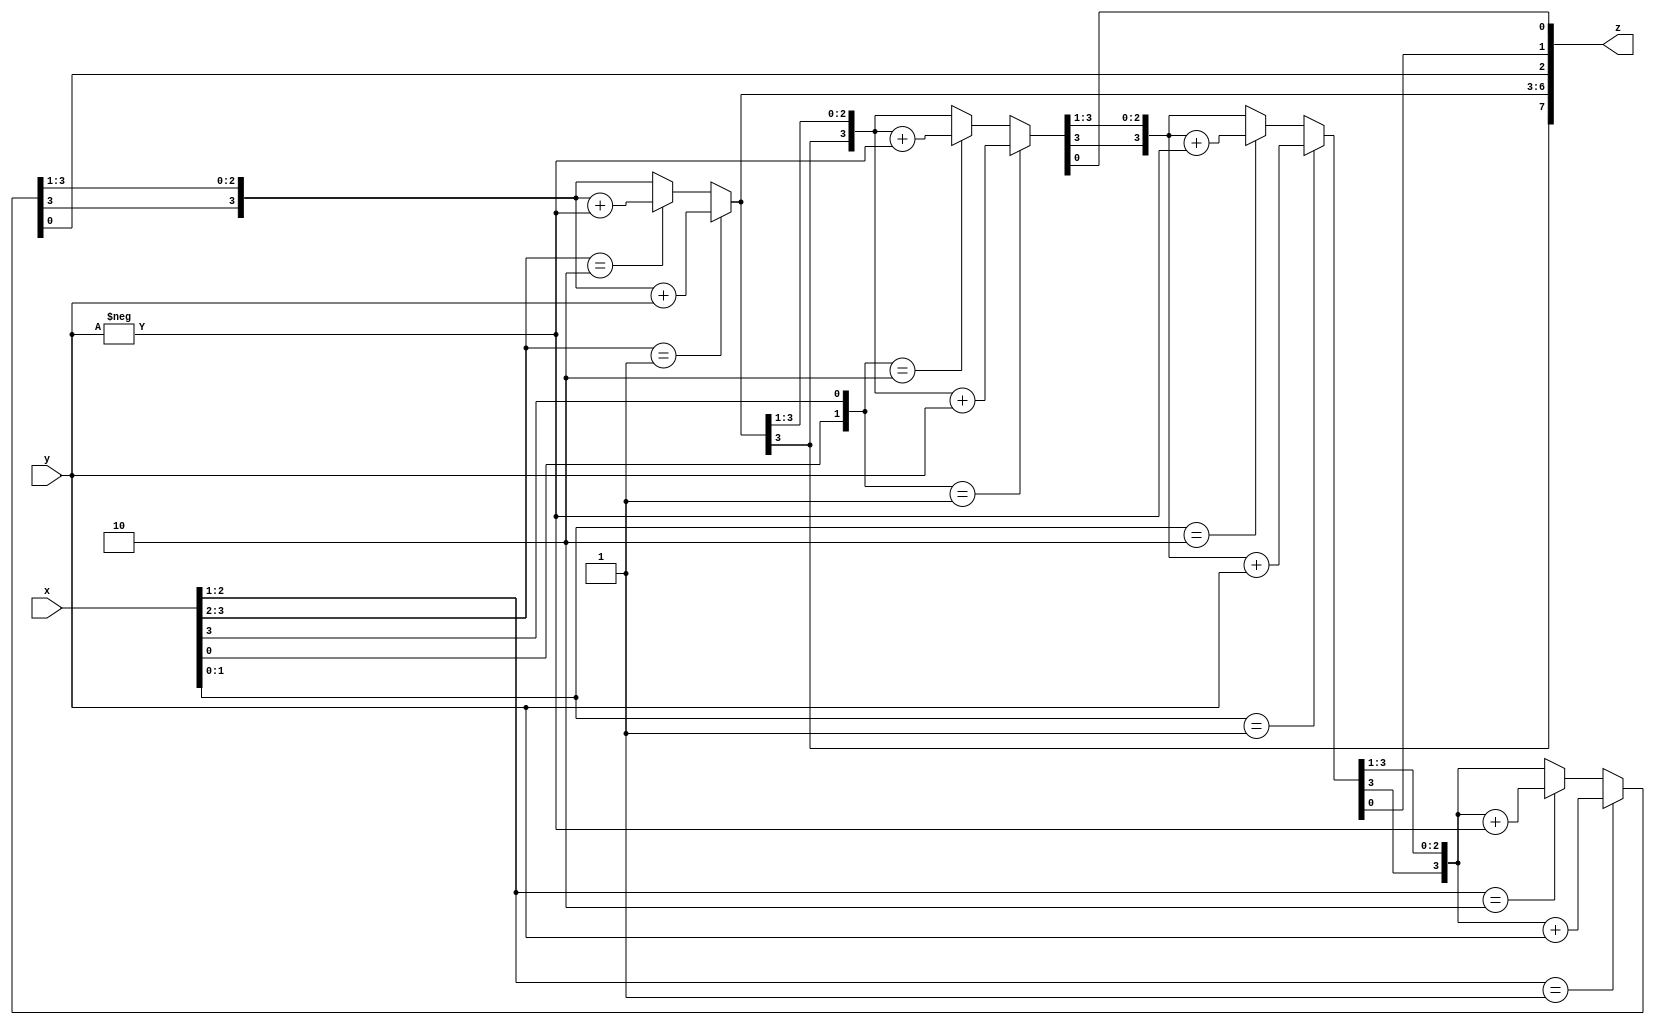
module mul(x, y, z);
  
input [3:0]x,y;
output [7:0]z;
reg [3:0]b;
reg [1:0]a;
integer i=0;
reg e=0;
reg [7:0]z=8'b00000000;

always @ (x or y)
    begin
    for (i=0;i<=3;i=i+1)
        begin
          a={x[i],e};
        if (a==2'b01)
            begin
              z[7:4]=z[7:4]+y;
        end
        else if (a==2'b10)
            begin
            b=-y;
            z[7:4]=z[7:4]+b;
        end
        z=z>>1;
        z[7]=z[6];
        e=x[i];
        end
end
endmodule

module testbench();
reg [3:0]x,y;
wire [7:0]z;
mul aa(x, y, z);
initial
begin
x=4'b0011;y=4'b0101;
end
endmodule